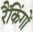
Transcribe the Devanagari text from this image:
रैंकिंगों